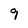
Character: 9